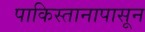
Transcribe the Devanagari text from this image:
पाकिस्तानापासून